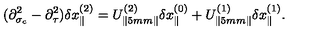
( \partial _ { \sigma _ { c } } ^ { 2 } - \partial _ { \tau } ^ { 2 } ) \delta x _ { \parallel } ^ { ( 2 ) } = U _ { \parallel \hspace * { . 5 m m } \parallel } ^ { ( 2 ) } \delta x _ { \parallel } ^ { ( 0 ) } + U _ { \parallel \hspace * { . 5 m m } \parallel } ^ { ( 1 ) } \delta x _ { \parallel } ^ { ( 1 ) } .